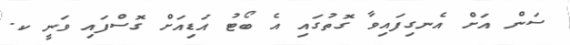
ސަން އަށް އެނގިފައިވާ ގޮތުގައި އެ ބޯޓު އަޑިއަށް ގޮސްފައި ވަނީ ކ.